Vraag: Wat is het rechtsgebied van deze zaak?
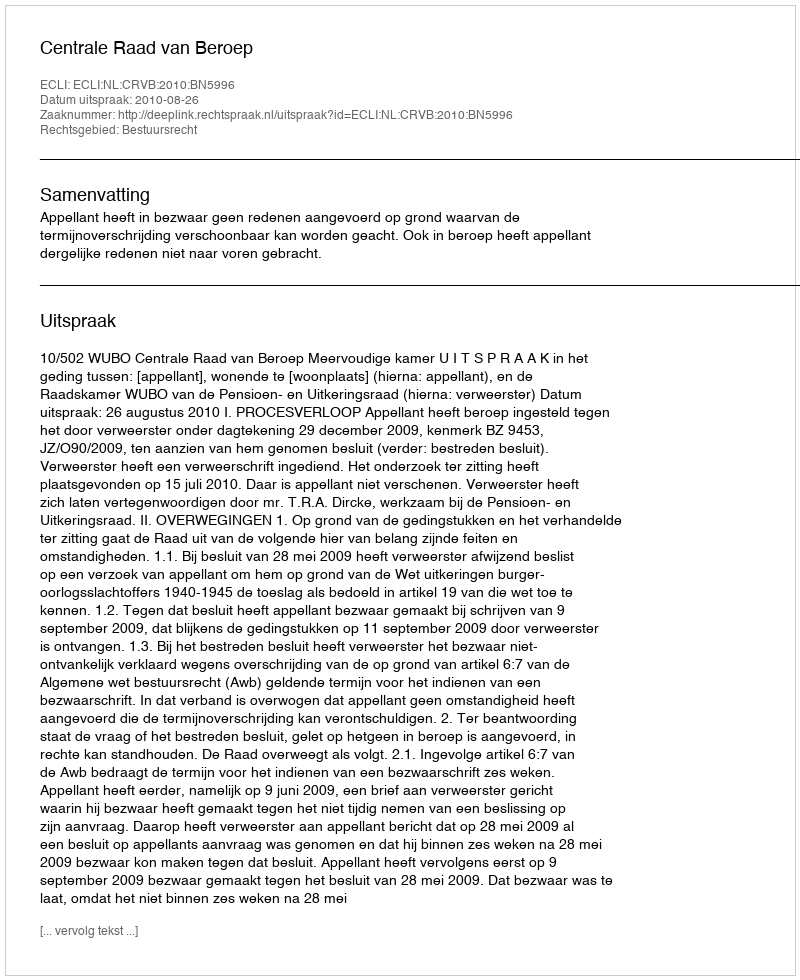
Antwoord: Bestuursrecht